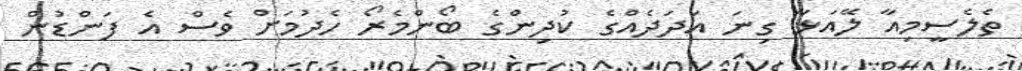
ތެލެސީމިއާ ލޭއަޅާ ގިނަ އަދަދެއްގެ ކުދިންގެ ބޯންމެރޯ ހެދުމަށް ވެސް އެ ފަންޑުން